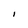
Character: I